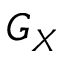
G _ { X }